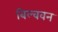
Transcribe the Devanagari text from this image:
बिल्ववन